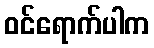
ဝင်ရောက်ပါက